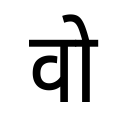
OCR:
वो